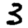
Digit: 3